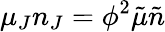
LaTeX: \mu_{J}n_{J}=\phi^{2}\tilde{\mu}\tilde{n}